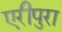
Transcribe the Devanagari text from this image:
एरीपुरा